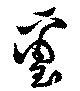
璽